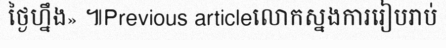
ថ្ងៃហ្នឹង» ៕Previous articleលោកស្នងការរៀបរាប់